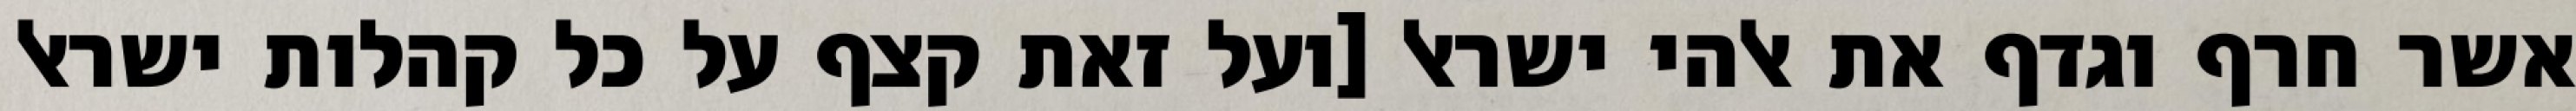
אשר חרף וגדף את אלהי ישראל [ועל זאת קצף על כל קהלות ישראל